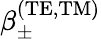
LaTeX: \beta_{\pm}^{\mathrm{(TE,TM)}}